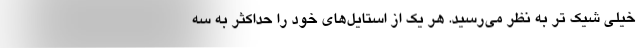
خیلی شیک تر به نظر می‌رسید. هر یک از استایل‌های خود را حداکثر به سه